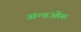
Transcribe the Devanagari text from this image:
अन्तओस